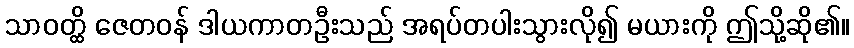
သာဝတ္ထိ ဇေတဝန် ဒါယကာတဦးသည် အရပ်တပါးသွားလို၍ မယားကို ဤသို့ဆို၏။